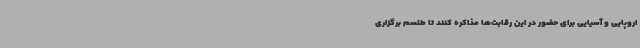
اروپایی و آسیایی برای حضور در این رقابت‌ها مذاکره کنند تا طلسم برگزاری